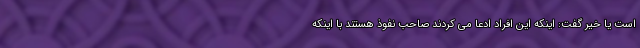
است یا خیر گفت: اینکه این افراد ادعا می کردند صاحب نفوذ هستند با اینکه